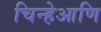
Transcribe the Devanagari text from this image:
चिन्हेआणि